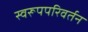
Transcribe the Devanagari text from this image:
स्वरूपपरिवर्तन